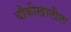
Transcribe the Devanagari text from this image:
चौकीखालील